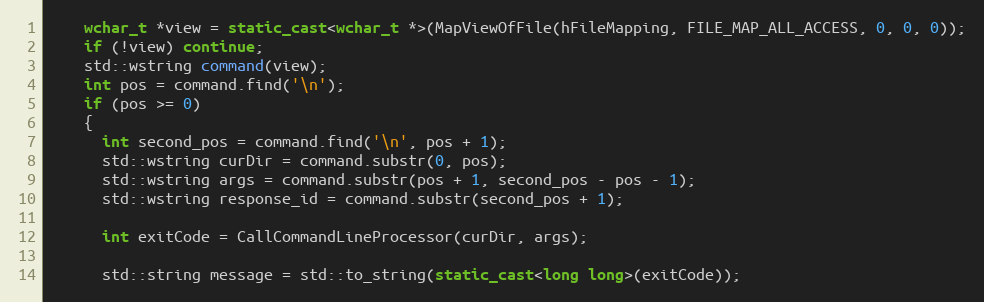
Language: C++
    wchar_t *view = static_cast<wchar_t *>(MapViewOfFile(hFileMapping, FILE_MAP_ALL_ACCESS, 0, 0, 0));
    if (!view) continue;
    std::wstring command(view);
    int pos = command.find('\n');
    if (pos >= 0)
    {
      int second_pos = command.find('\n', pos + 1);
      std::wstring curDir = command.substr(0, pos);
      std::wstring args = command.substr(pos + 1, second_pos - pos - 1);
      std::wstring response_id = command.substr(second_pos + 1);

      int exitCode = CallCommandLineProcessor(curDir, args);

      std::string message = std::to_string(static_cast<long long>(exitCode));